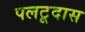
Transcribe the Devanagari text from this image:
पलटूदास